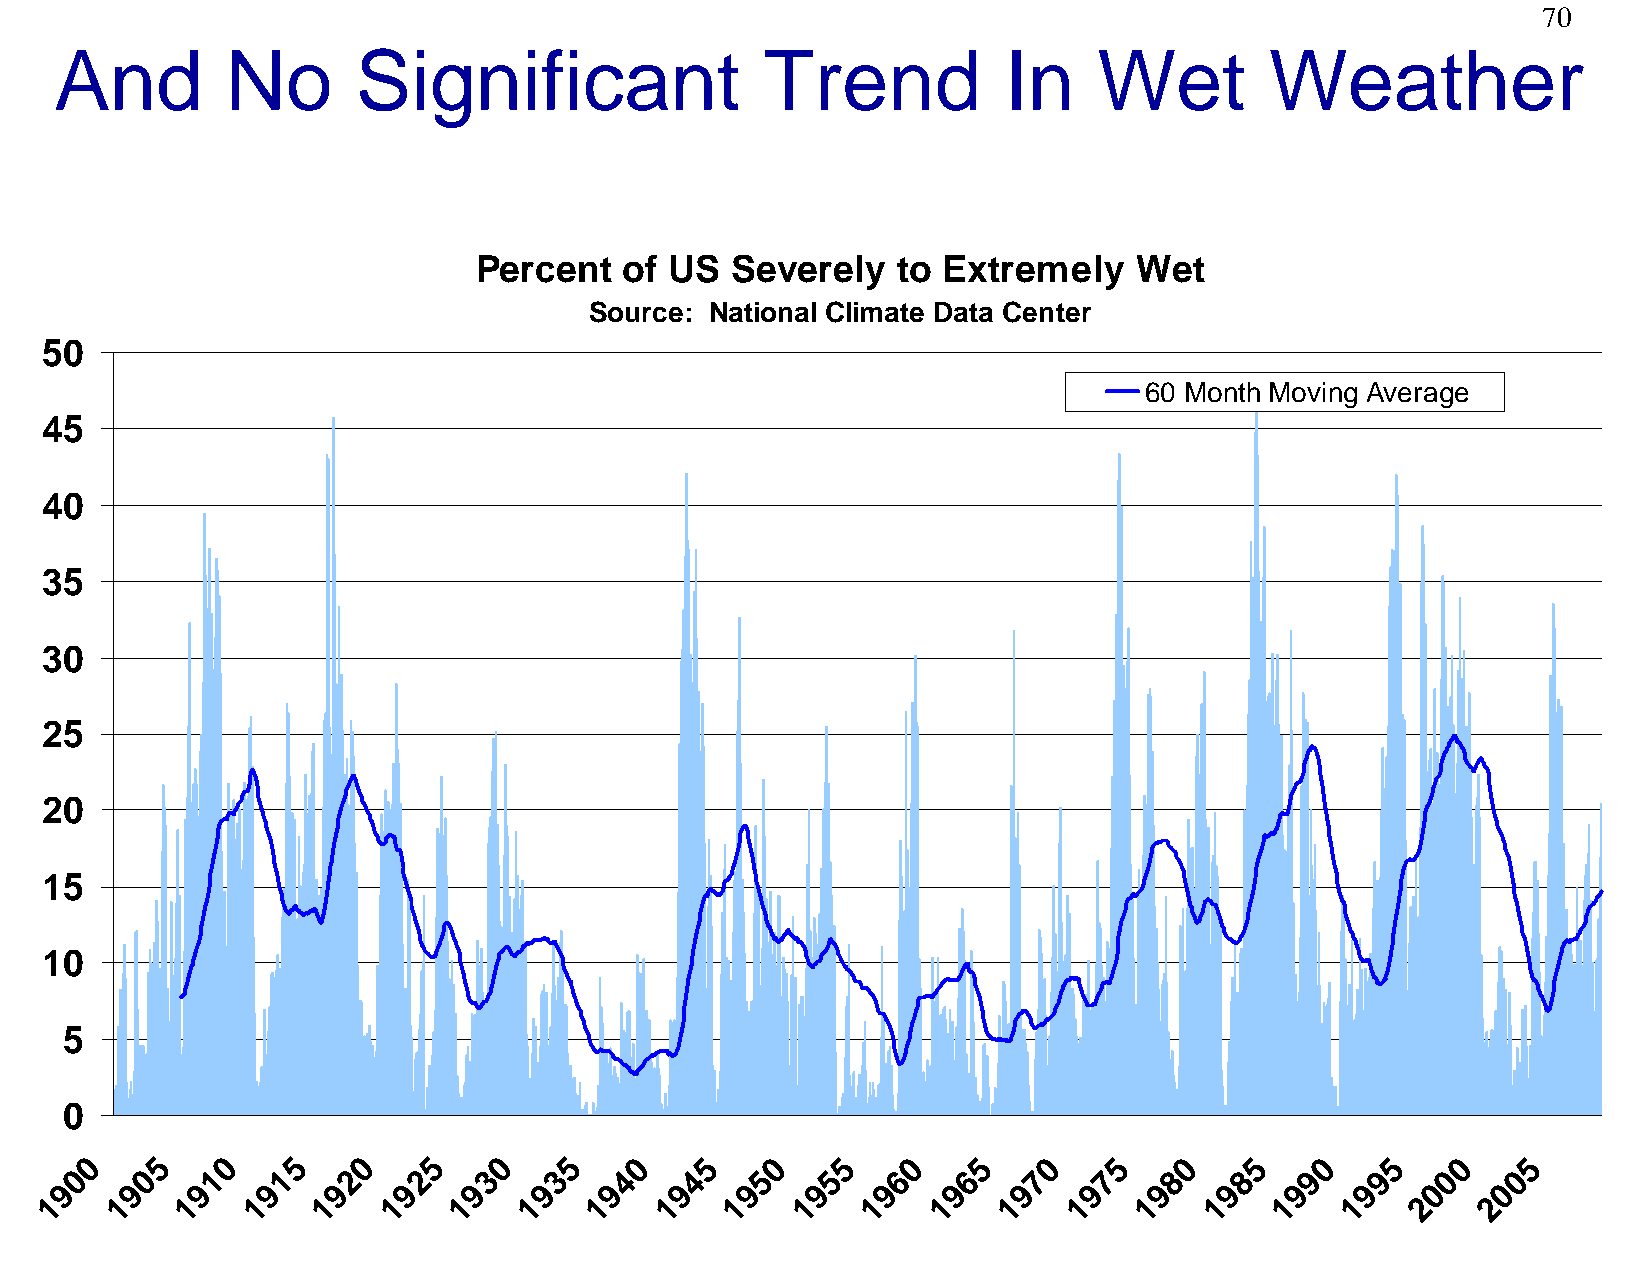
70
 And        No       Significant                Trend          In     Wet        Weather
 Percent   of US  Severely   to Extremely    Wet
 Source: National Climate Data Center
 50
 60 Month Moving Average
 45
 40
 35
 30
 25
 20
 15
 10
 5
 0
 0   5    0   5    0   5    0   5    0   5    0   5    0    5   0    5   0    5   0    5   0    5
 0   0    1   1    2   2    3   3    4    4   5    5   6    6   7    7   8    8   9    9   0    0
 9   9    9   9    9    9   9    9   9    9   9    9   9    9   9    9   9    9   9    9    0   0
 1    1   1    1   1    1   1    1   1    1   1    1   1    1   1    1    1   1    1   1    2   2